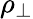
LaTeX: \rho_{\bot}